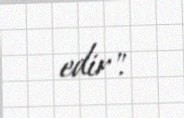
edir".